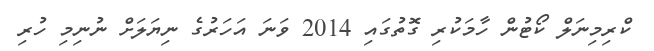
ކްރިމިނަލް ކޯޓުން ހާމަކުރި ގޮތުގައި 2014 ވަނަ އަހަރުގެ ނިޔަލަށް ނުނިމި ހުރި